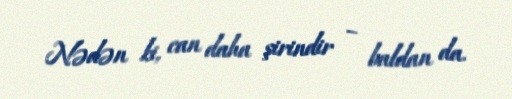
Nədən ki, can daha şirindir – baldan da.